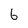
Character: 6